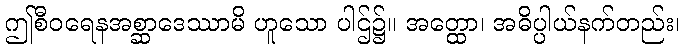
ဤစီဝရေနအစ္ဆာဒေဿာမိ ဟူသော ပါဌ်၌။ အတ္ထော၊ အဓိပ္ပါယ်နက်တည်း၊